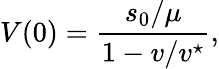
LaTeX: V(0)=\frac{s_{0}/\mu}{1-v/v^{\star}},